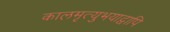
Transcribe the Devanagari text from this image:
कालमृत्युभयाद्वापि